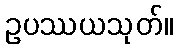
ဥပဿယသုတ်။